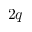
2 q